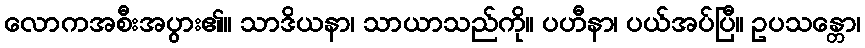
လောကအစီးအပွား၏။ သာဒိယနာ၊ သာယာသည်ကို။ ပဟီနာ၊ ပယ်အပ်ပြီ။ ဥပသန္တော၊